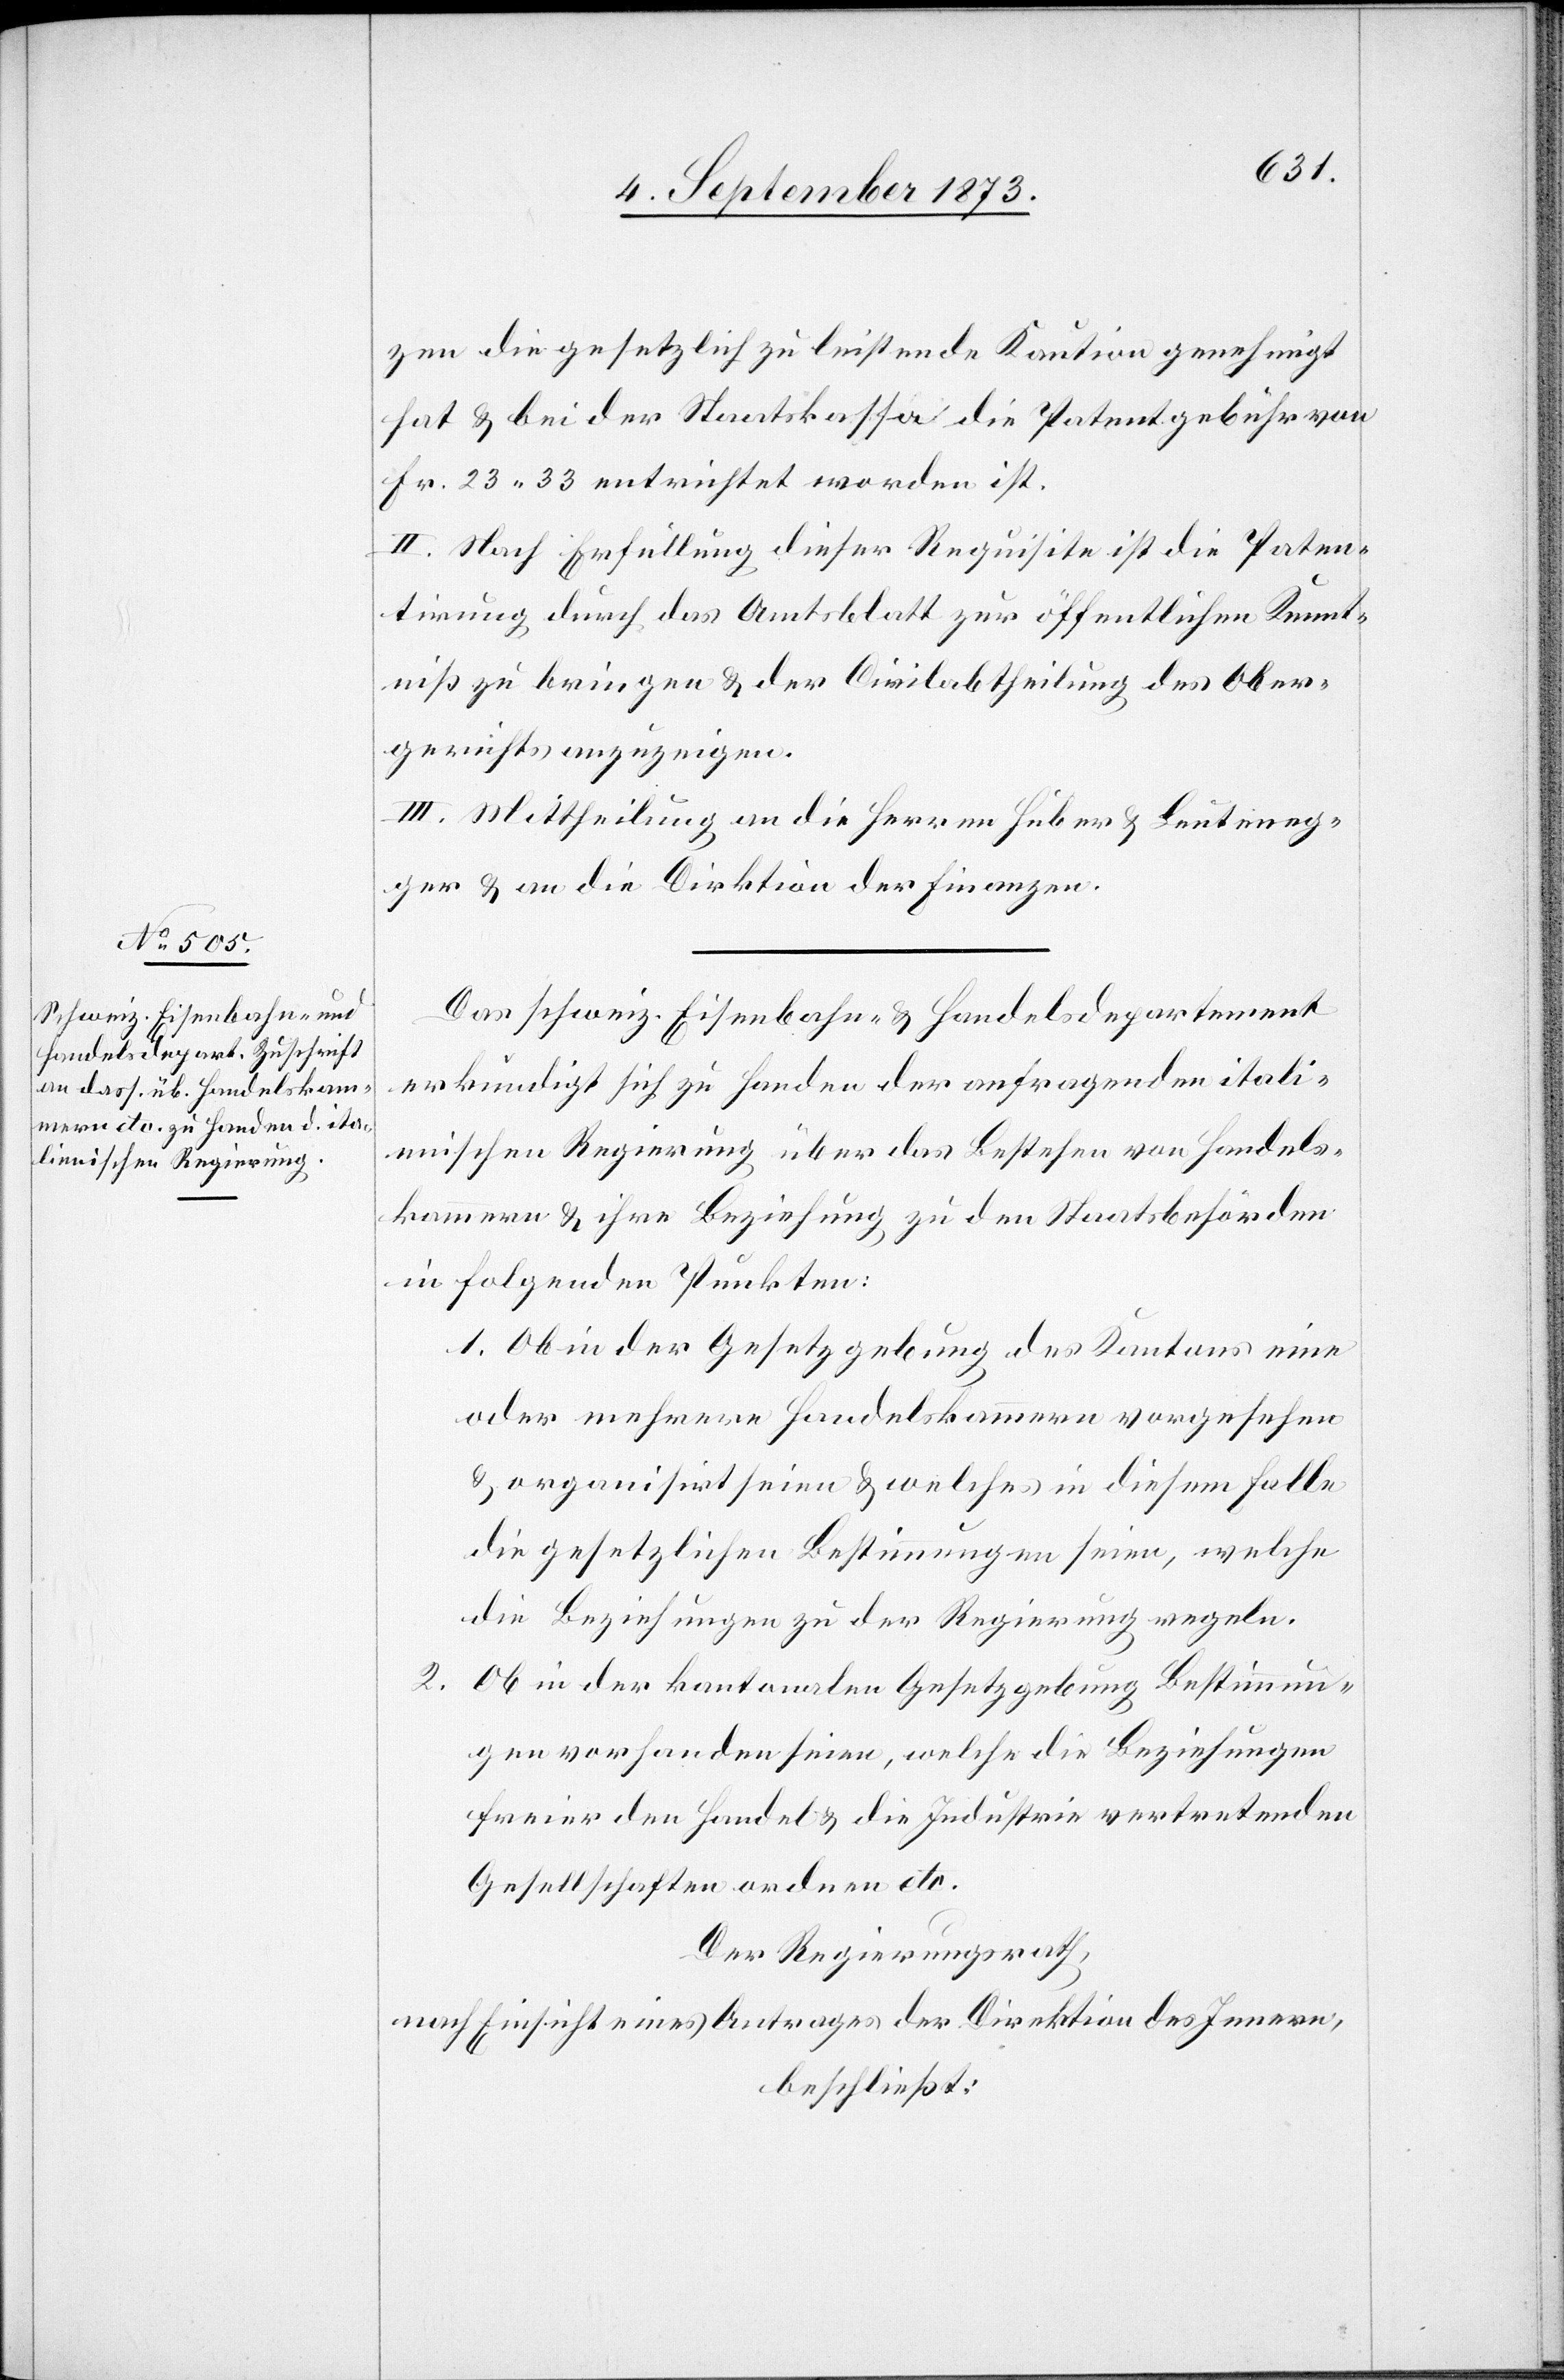
zen die gesetzlich zu leistende Kaution genehmigt
hat & bei der Staatskassa die Patentgebühr von
Fr. 23 33 entrichtet worden ist.
II. Nach Erfüllung dieser Requisite ist die Paten¬
tirung durch das Amtsblatt zur öffentlichen Kennt¬
niß zu bringen & der Civilabtheilung des Ober¬
gerichts anzuzeigen.
III. Mittheilung an die Herren Huber & Leuteneg¬
ger & an die Direktion der Finanzen.
Das schweiz. Eisenbahn- & Handelsdepartement
erkundigt sich zu Handen der anfragenden itali¬
enischen Regierung über das Bestehen von Handels¬
kammern & ihre Beziehung zu den Staatsbehörden
in folgenden Punkten:
1. Ob in der Gesetzgebung des Kantons eine
oder mehrere Handelskammern vorgesehen
& organisirt seien & welches in diesem Falle
die gesetzlichen Bestimmungen seien, welche
die Beziehungen zu der Regierung regeln.
2.
Ob in der kantonalen Gesetzgebung Bestimmun¬
gen vorhanden seien, welche die Beziehungen
freier den Handel & die Industrie vertretenden
Gesellschaften ordnen etc.
Der Regierungsrath,
nach Einsicht eines Antrages der Direktion des Innern,
beschließt: